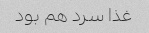
غذا سرد هم بود